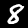
Label: 8